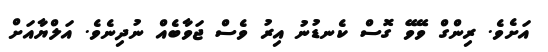
އަށެވެ. ރިންގް ވޭވޭ ގޮސް ކެނޑުނު އިރު ވެސް ޖަވާބެއް ނުދިނެވެ. އަލްޔާއަށް